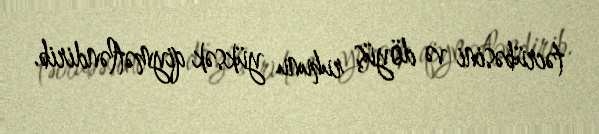
təcrübəsini və döyüş ruhunu yüksək qiymətləndirib.